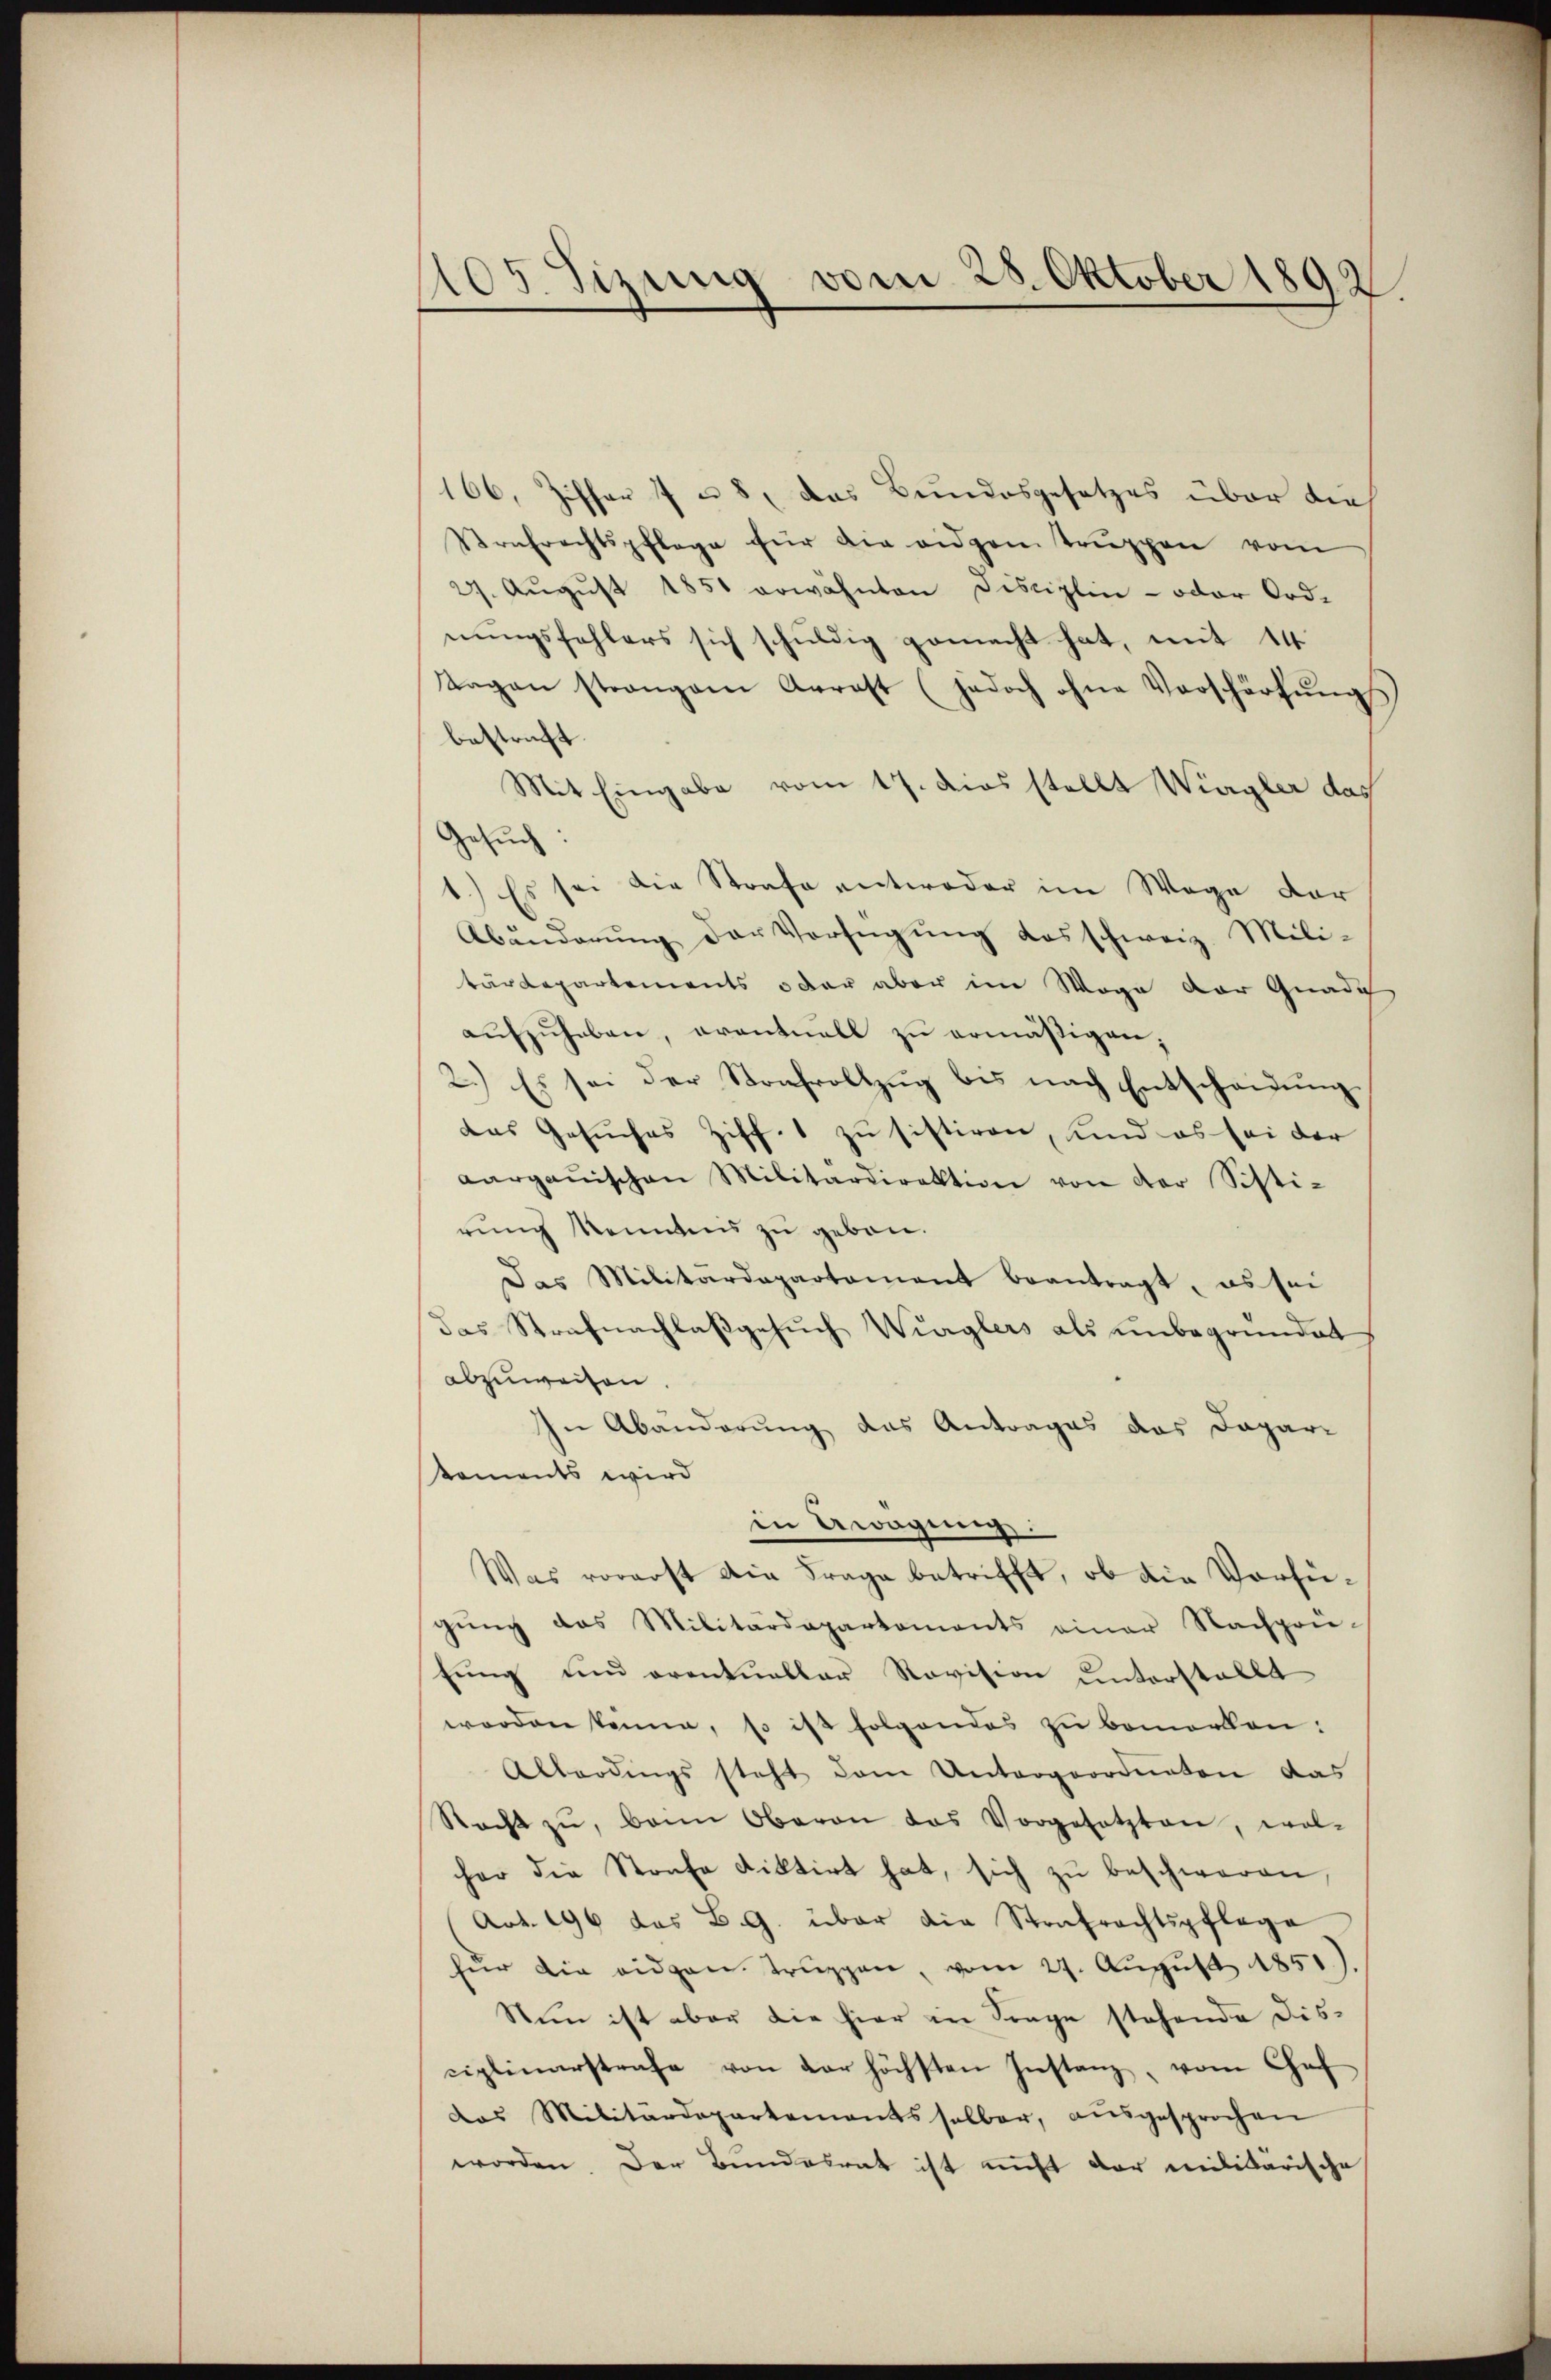
105 Tizung vom 28. Oktober 1892

66, Ziffer 7 u. 8, das Bundesgesetzes über die
Strafrechtspflege für die eidgen Trŭppen vom
27. Aŭgŭst 1851 erwähnten Fisciplin - oder Ord-
nŭngsfehlers sich schŭldig gemacht hat, mit 14
Ragan strangem Arrest (jedoch ohne Vorschärfungss
bestraft.
Mit Eingabe vom 17. dies stellt Wiegler das
Gesuch:
1.) Es sei die Strafe entweder im Wege der
Abänderŭng der Verfügung das schweiz. Militärdepartements oder aber im Wege der Gnade
aŭfzŭheben, eventuell zu ermäßigen;
2.) Es sei der Strafvollzug bis nach Entscheidung
das Gesuches Ziff. 1 zu sistiren, und es sei der
aargauischen Militärdirektion von der Sisti-
rung konntens zu geben.
Das Militärdepartament beantragt, es sei
das Strafnachlaßgesuch Würglers als unbegründet
abzuweisen
In Abänderung das Antrages das Dapari
koments wird
in Erwägung
Was vorerst die Frage betrifft, ob die Verfügŭng das Militärdepartements einer Nachprü-
fung und oventueller Revision unterstellt
worden könne, so ist folgendes zu bemerken:
Allerdings steht dem Untergeordneten das
Nacht zŭ, beim Oberan das Vorgesetzten, wol-
cher die Strafe diktirt hat, sich zŭ beschweren,
Art. 196 das B. G. über die Strafrechtspflege
für die eidgen. Trŭppen, vom 27. Aŭgŭst 1851).
Nun ist aber die hier in Frage stehende dis-
ciplinarstrafe von der höchsten Instanz, vom Chef
das Militärdepartements selber, aŭsgesprochen
worden. Der Bundesrat ist nicht der militärische